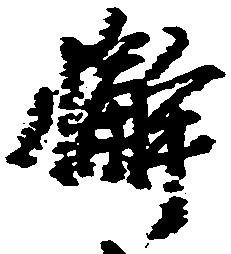
懈